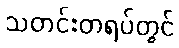
သတင်းတရပ်တွင်